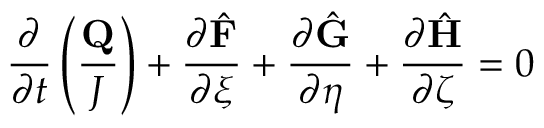
\frac { \partial } { \partial t } \left( \frac { \mathbf { Q } } { J } \right) + \frac { \partial \hat { \mathbf { F } } } { \partial \xi } + \frac { \partial \hat { \mathbf { G } } } { \partial \eta } + \frac { \partial \hat { \mathbf { H } } } { \partial \zeta } = 0